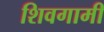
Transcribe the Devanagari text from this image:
शिवगामी